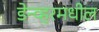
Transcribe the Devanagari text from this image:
डेन्व्हरमधील